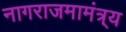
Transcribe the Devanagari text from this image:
नागराजमामंत्र्य